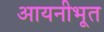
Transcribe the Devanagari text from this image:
आयनीभूत